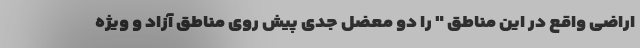
اراضی واقع در این مناطق " را دو معضل جدی پیش روی مناطق آزاد و ویژه